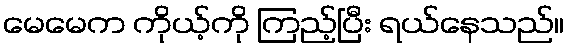
မေမေက ကိုယ့်ကို ကြည့်ပြီး ရယ်နေသည်။